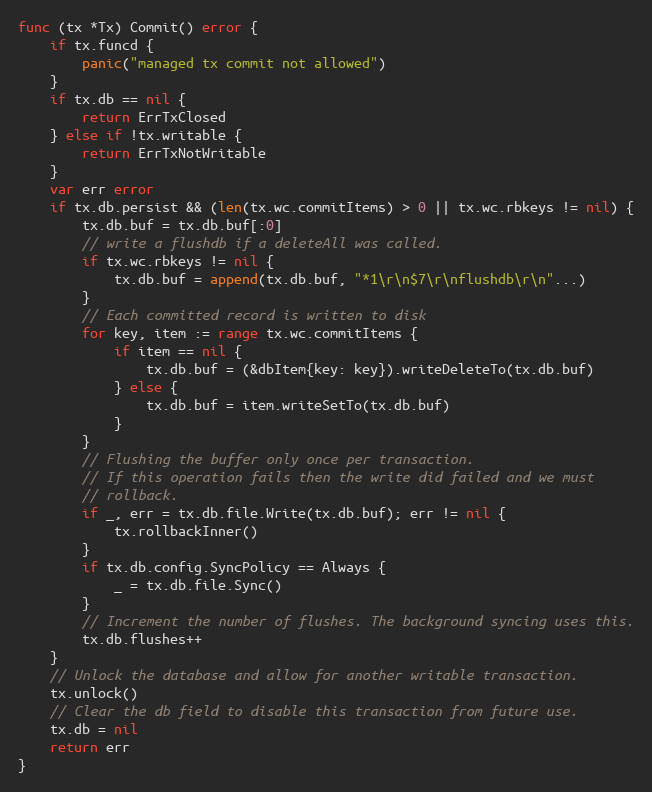
Language: Go
func (tx *Tx) Commit() error {
	if tx.funcd {
		panic("managed tx commit not allowed")
	}
	if tx.db == nil {
		return ErrTxClosed
	} else if !tx.writable {
		return ErrTxNotWritable
	}
	var err error
	if tx.db.persist && (len(tx.wc.commitItems) > 0 || tx.wc.rbkeys != nil) {
		tx.db.buf = tx.db.buf[:0]
		// write a flushdb if a deleteAll was called.
		if tx.wc.rbkeys != nil {
			tx.db.buf = append(tx.db.buf, "*1\r\n$7\r\nflushdb\r\n"...)
		}
		// Each committed record is written to disk
		for key, item := range tx.wc.commitItems {
			if item == nil {
				tx.db.buf = (&dbItem{key: key}).writeDeleteTo(tx.db.buf)
			} else {
				tx.db.buf = item.writeSetTo(tx.db.buf)
			}
		}
		// Flushing the buffer only once per transaction.
		// If this operation fails then the write did failed and we must
		// rollback.
		if _, err = tx.db.file.Write(tx.db.buf); err != nil {
			tx.rollbackInner()
		}
		if tx.db.config.SyncPolicy == Always {
			_ = tx.db.file.Sync()
		}
		// Increment the number of flushes. The background syncing uses this.
		tx.db.flushes++
	}
	// Unlock the database and allow for another writable transaction.
	tx.unlock()
	// Clear the db field to disable this transaction from future use.
	tx.db = nil
	return err
}